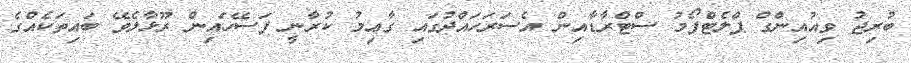
ބުރިޖު ވިއުއިންގް ޕްލެޓްފޯމު ސްޓްރާޑާއިން އެސަރަހައްދުގައި ގާޢިމު ކުރާނީ ފަސޭހައިން ރޫޅާލެވޭ ބައިތަކެއްގެ